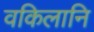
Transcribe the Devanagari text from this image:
वकिलानि